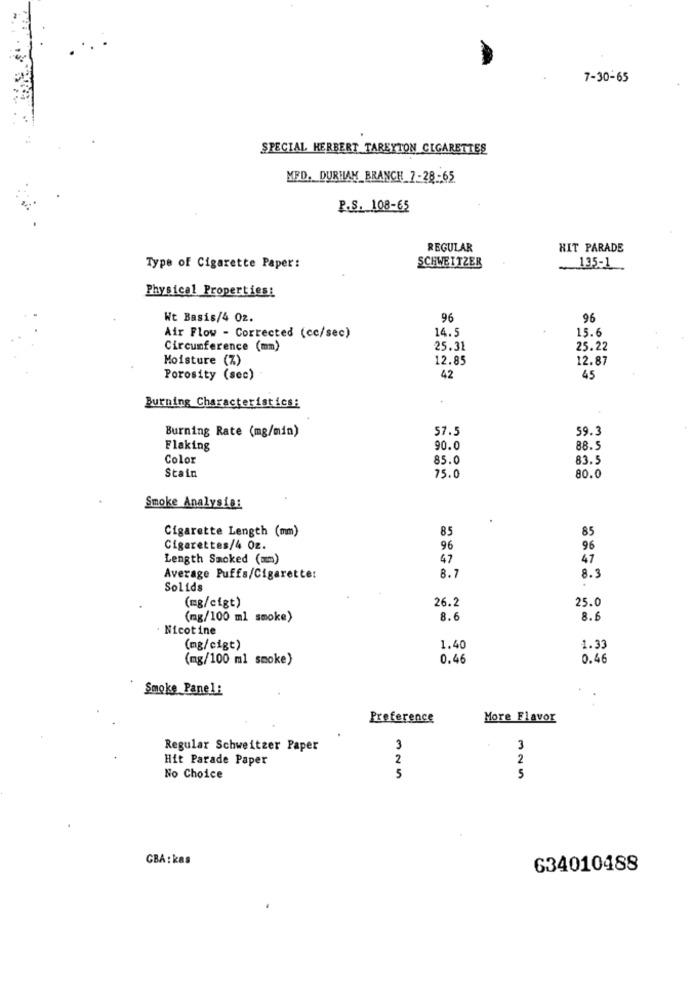
7-30-65
SPECIAL HERBERT TAREYTON CIGARETTES
MFD. DURHAM_BRANCH 7-28-65
P.S. 108-65
REGULAR
HIT PARADE
Type of Cigarette Paper:
SCHWEITZER
135-1
Physical Properties:
Wt Basis/4 Oz.
96
96
14.5
15.6
Air Flow - Corrected (cc/sec)
Circumference (mm)
25.31
25.22
Moisture (%)
12.85
12.87
Porosity (sec)
42
45
Burning Characteristics:
Burning Rate (mg/min)
57.5
59.3
Flaking
90.0
88.5
Color
85.0
83.5
Stain
75.0
80.0
Smoke Analysis:
Cigarette Length (mm)
85
85
Cigarettes/4 Oz.
96
96
Length Smoked (mm)
47
47
Average Puffs/Cigarette:
8.1
8.3
Solids
(mg/cigt)
26.2
25.0
(mg/100 ml smoke)
8.6
8.
Nicotine
(mg/cigt)
1.40
1.33
(mg/100 ml smoke)
0.46
0.46
Smoke Panel:
Preference
More Flavor
Regular Schweitzer Paper
3
3
Hit Parade Paper
2
2
5
No Choice
GBA : kas
634010488